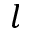
l